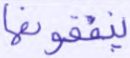
ينفقونها